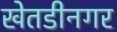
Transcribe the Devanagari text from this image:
खेतडीनगर